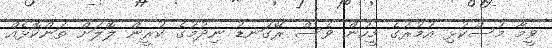
ވީމާ މުސްކުޅި އުމުރުގެ މީހުން ވެސް ރޭގަނޑު ނިދުމުގެ ކުރީން ލޮލަށް ތަންކޮޅެއް